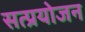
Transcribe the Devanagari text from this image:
सत्प्रयोजन